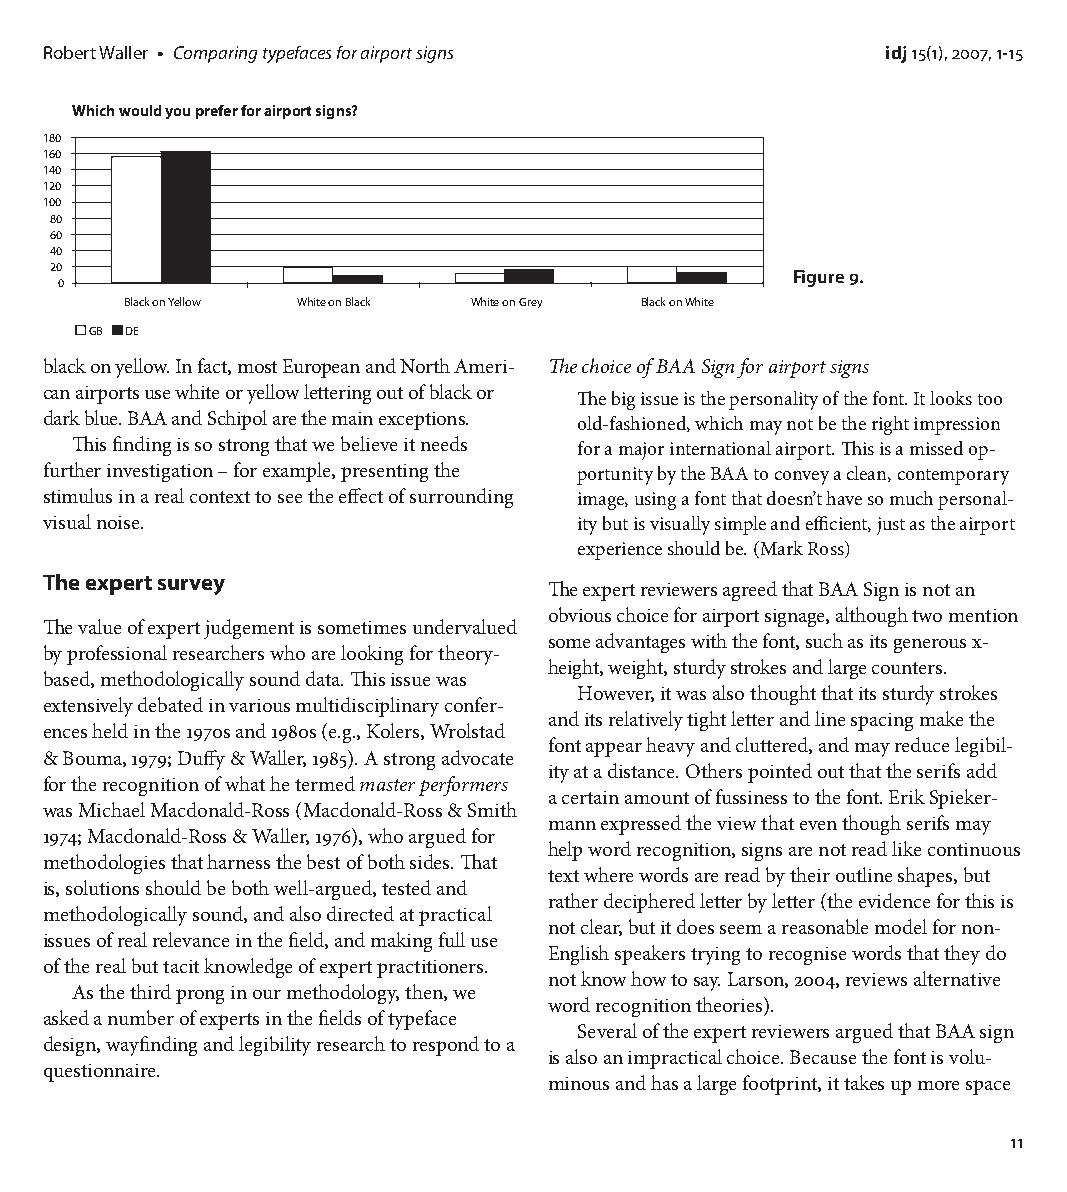
Robert Waller • Comparing typefaces for airport signs   idj 15(1), 2007, 1-15
 Which would you prefer for airport signs?
 180
 160
 140
 120
 100
 80
 60
 40
 20
 Figure 9.
 0
 Black on Yellow White on Black White on Grey Black on White
 GB DE
 black on yellow. In fact, most European and North Ameri- The choice of BAA Sign for airport signs
 can airports use white or yellow lettering out of black or
 The big issue is the personality of the font. It looks too
 dark blue. BAA and Schipol are the main exceptions. old-fashioned, which may not be the right impression
 This finding is so strong that we believe it needs for a major international airport. This is a missed op-
 further investigation – for example, presenting the portunity by the BAA to convey a clean, contemporary
 stimulus in a real context to see the effect of surrounding image, using a font that doesn’t have so much personal-
 visual noise.                      ity but is visually simple and efficient, just as the airport
 experience should be. (Mark Ross)
 The expert survey
 The expert reviewers agreed that BAA Sign is not an
 obvious choice for airport signage, although two mention
 The value of expert judgement is sometimes undervalued
 some advantages with the font, such as its generous x-
 by professional researchers who are looking for theory-
 height, weight, sturdy strokes and large counters.
 based, methodologically sound data. This issue was
 However, it was also thought that its sturdy strokes
 extensively debated in various multidisciplinary confer-
 and its relatively tight letter and line spacing make the
 ences held in the 1970s and 1980s (e.g., Kolers, Wrolstad
 font appear heavy and cluttered, and may reduce legibil-
 & Bouma, 1979; Duffy & Waller, 1985). A strong advocate
 ity at a distance. Others pointed out that the serifs add
 for the recognition of what he termed master performers
 a certain amount of fussiness to the font. Erik Spieker-
 was Michael Macdonald-Ross (Macdonald-Ross & Smith
 mann expressed the view that even though serifs may
 1974; Macdonald-Ross & Waller, 1976), who argued for
 help word recognition, signs are not read like continuous
 methodologies that harness the best of both sides. That
 text where words are read by their outline shapes, but
 is, solutions should be both well-argued, tested and
 rather deciphered letter by letter (the evidence for this is
 methodologically sound, and also directed at practical
 not clear, but it does seem a reasonable model for non-
 issues of real relevance in the field, and making full use
 English speakers trying to recognise words that they do
 of the real but tacit knowledge of expert practitioners.
 not know how to say. Larson, 2004, reviews alternative
 As the third prong in our methodology, then, we
 word recognition theories).
 asked a number of experts in the fields of typeface
 Several of the expert reviewers argued that BAA sign
 design, wayfinding and legibility research to respond to a
 is also an impractical choice. Because the font is volu-
 questionnaire.
 minous and has a large footprint, it takes up more space
 11